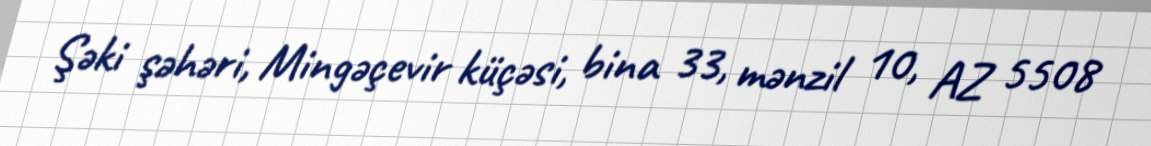
Şəki şəhəri, Mingəçevir küçəsi, bina 33, mənzil 10, AZ 5508